Civil Veterinary Department. United Provinces 1932-42 - 1932-1942
Year: 1932
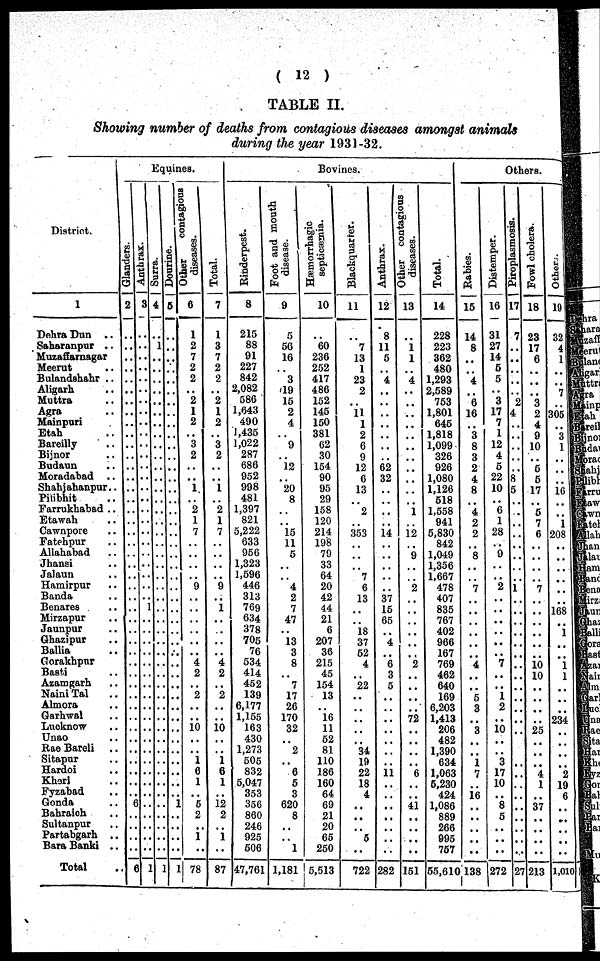
( 12 )
TABLE II.
Showing number of deaths from contagious diseases amongst animals
during the year 1931-32.
District.
1
Dehra Dun ..
Saharanpur ..
Muzaffarnagar
Meerut ..
Bulandshahr ..
Aligarh ..
Muttra ..
Agra ..
Mainpuri
Etah ..
Bareilly ..
Bijnor ..
Budaun ..
Moradabad ..
Shahjahanpur..
Pilbhit ..
Farrukhabad ..
Etawah ..
Cawnpore ..
Fatehpur ..
Allahabad ..
Jhansi ..
Jalaun ..
Hamirpur ..
Banda ..
Bonares ..
Mirzapur ..
Jaunpur ..
Ghazipur ..
Ballia ..
Gorakhpur ..
Basti ..
Azamgarh ..
Naini Tal ..
Almora ..
Garhwal ..
Lucknow ..
Unao..
Rae Bareli ..
Sitapur ..
Hardoi ..
Kheri ..
Fyzabad ..
Gonda ..
Bahraich ..
Sultanpur ..
Partabgarh ..
Bara Banki ..
Total
Equines.
Glanders.
2
..
..
..
..
..
..
..
..
..
.. ..
..
..
..
..
..
..
..
..
..
..
..
..
..
..
..
..
..
..
..
..
..
..
..
..
..
..
..
..
..
..
.. 6
..
..
..
..
6
Anthrax.
3
..
..
..
..
..
..
..
..
..
..
..
..
..
..
..
..
..
..
..
..
..
..
..
..
1
..
..
..
..
..
..
..
..
..
..
..
..
..
..
..
..
..
..
..
..
..
..
1
Surra.
4
1
..
..
..
..
..
..
..
..
..
..
..
..
..
..
..
..
..
..
..
..
..
..
..
..
..
..
..
..
..
..
..
..
..
..
..
..
..
..
..
..
..
..
..
..
..
..
1
Dourine.
5
..
..
..
..
..
..
..
..
..
..
..
..
..
..
..
..
..
..
..
..
..
..
..
..
..
..
..
..
..
..
..
..
..
..
..
..
..
..
..
..
..
..
1
..
..
..
..
1
diseases.
6
1
2
7
2
2
..
2
1
2
..
3
2
..
..
1
..
2
1
7
..
..
..
..
9
..
..
..
..
..
..
4
2
..
2
..
..
10
..
..
1
6
1
..
5
2
..
1 ..
78
Total.
7
1
3
7
2
2
..
2
1
2
..
3
2
..
..
1
..
2
1
7
..
..
..
..
9
..
1
..
..
..
..
4
2
..
2
..
..
10
..
..
1
6
1
..
12
2
..
1
..
87
Bovincs.
Rinderpest.
8
215
88
91
227
842
2,082
586
1,643
490
1,435
1,022
287
686
952
998
481
1,397
821
5,222
633
956
1,323
1,596
446
313
769
634
378
705
76
534
414
452
139
6,177
1,155
163
430
1,273
505
832
5,047
353
356
860
246
925
506
47,761
Foot and mouth
disease.
9
5
56
16
.. 3
19
15
2
4
.. 9
..
12
..
20
8
..
..
15
11
5
..
..
4
2
7
47
..
13
3
8
.. 7
17
26
170
32
.. 2
..
6
5
3
620
8
..
..
1
1,181
Hæmorrhagic
septicæmia.
10
..
60
236
252
417
486
152
145
150
381
62
30
154
90
95
29
158
120
214
198
79
33
64
20
42
44
21
6
207
36
215
45
154
13
..
16
11
52
81
110
186
160
64
69
21
20
65
250
5,513
Blackquarter.
11
..
7
13
1
23
2
..
11
1
2
6
9
12
6
13
..
2
..
353
..
..
..
7
6
13
..
..
18
37
52
4
..
22
..
..
..
..
..
34
19
22
18
4
..
..
..
5
..
722
Anthrax.
12
8
11
5
..
4
..
..
,.
..
..
..
..
62
32
..
..
..
..
14
..
..
..
..
..
37
15
65
..
4
..
6
3
5
..
..
..
..
..
..
..
11
..
..
..
..
..
..
..
282
diseases.
13
..
1
1
..
4
..
..
..
..
..
..
..
..
..
..
.. 1
..
12
..
9
..
..
2
..
..
..
..
..
..
2
..
..
..
..
72
..
..
..
..
6
..
..
41
..
..
..
..
151
Total.
14
228
223
362
480
1,293
2,589
753
1,801
646
1,818
1,099
326
926
1,080
1,126
518
1,558
941
5,830
842
1,049
1,356
1,667
478
407
835
767
402
966
167
769
462
640
169
6,203
1,413
206
482
1,390
634
1,063
5,230
424
1,086
889
266
995
757
55,610
Others.
Rabies.
15
14
8
..
..
4
..
6
16
..
3
8
3
2
4
8
..
4
2
2
..
8
..
..
7
..
..
..
..
..
..
4
..
..
5
3
..
3
..
..
1
7
..
16
..
..
..
..
..
138
Distemper.
16
31
27
14
5
5
..
3
17
7
1
12
4
6
22
10
..
6
1
28
..
9
..
..
2
..
..
..
..
..
..
7
..
..
1
2
..
10
..
..
3
17
10
..
8
5
..
..
..
272
Piroplasmosis.
17
7
..
..
..
..
..
2
4
..
..
..
..
..
8
5
..
..
..
..
..
..
..
..
1
..
..
..
..
..
..
..
..
..
..
..
..
..
..
..
..
..
..
..
..
..
..
..
..
27
Fowl cholera.
18
23
17
6
..
..
..
3
2
4
9
10
..
6
5
17
..
6
7
6
..
..
..
..
7
..
..
..
..
..
..
10
10
..
..
..
..
25
..
..
..
4
1
..
7
..
..
..
..
213
Others.
19
32
4
1
..
..
7
..
305
..
3
1
..
..
..
16
..
..
1
208
..
..
..
..
..
..
168
..
1
..
..
1
1
..
..
..
234
..
..
..
..
2
19
6
..
..
..
..
..
1,010